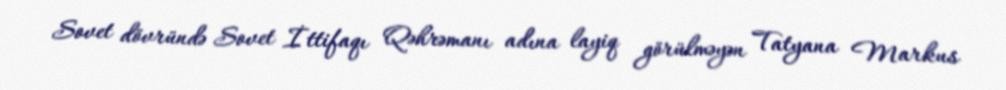
Sovet dövründə Sovet İttifaqı Qəhrəmanı adına layiq görülməyən Tatyana Markus